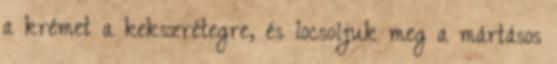
a krémet a kekszrétegre, és locsoljuk meg a mártásos